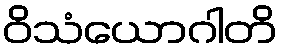
ဝိသံယောဂါတိ